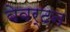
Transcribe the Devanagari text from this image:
बेवर्टन